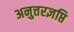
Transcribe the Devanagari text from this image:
अनुत्तरज्ञप्ति